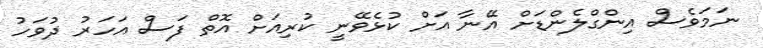
ނަމަވެސް އިންގްލެންޑަށް އޭނާ އަށް ކުޅެވޭނީ ކުރިއަށް އޮތް ފަސް އަހަރު ދުވަހު